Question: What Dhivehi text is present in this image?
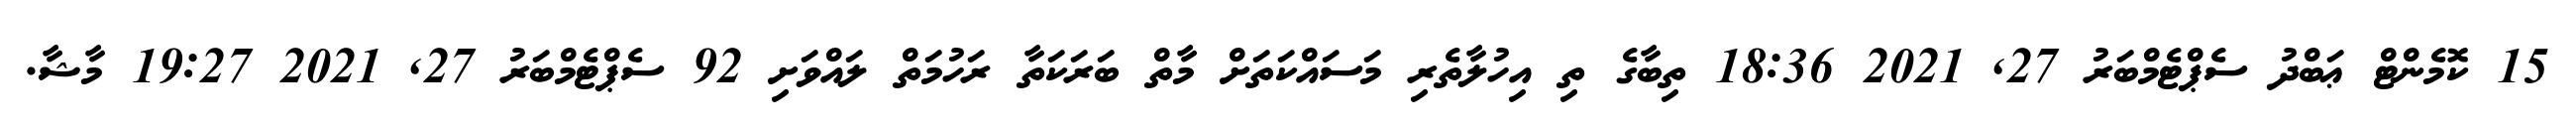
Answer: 15 ކޮމެންޓް ޢަބްދު ސެޕްޓެމްބަރު 27, 2021 18:36 ތިބާގެ ތި އިހުލާތެރި މަސައްކަތަށް މާތް ބަރަކަތާ ރަހުމަތް ލައްވަށި 92 ސެޕްޓެމްބަރު 27, 2021 19:27 މާޝާ.